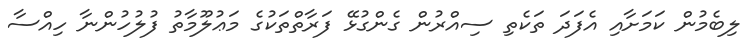
ލިބެމުން ކަމަށާއި އެފަދަ ތަކެތި ސިއްރުން ގެންގުޅޭ ފަރާތްތަކުގެ މަޢުލޫމާތު ފުލުހުންނާ ހިއްސާ